Statistical return of the lunatic asylum in Assam - 1912-1932
Year: 1912
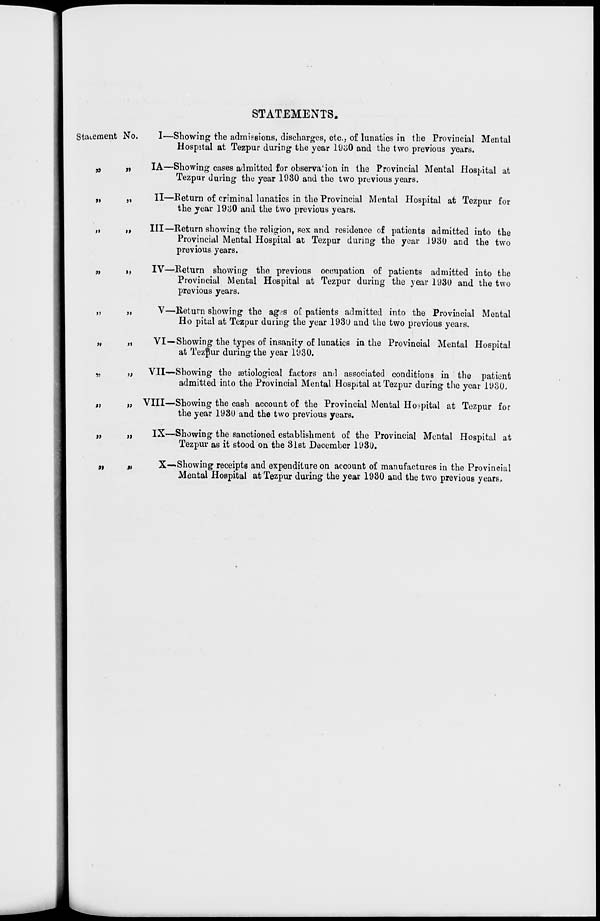
STATEMENTS,
Statement No.
»
a
n
>)
V)
*>
v
»
J»
>>
*i
J»
>!
1)
I)
»
n
I—Showing the admissions, discharges, etc., of lunatics in the Provincial Mental
Hospital at Tezpur during the year 19o0 and the two previous years.
IA—Showing cases admitted for observa'ion in the Provincial Mental Hospital at
Tezpur during the year 1930 and the two previous years.
II—Return of criminal lunatics in the Provincial Mental Hospital at Tezpur for
the year 19o0 and the two previous years.
Ill—Return showing the religion, sex and residence of patients admitted into the
Provincial Mental Hospital at Tezpur during the year 1930 and the two
previous years.
IV—Return showing the previous occupation of patients admitted into the
Provincial Mental Hospital at Tezpur during the year 1930 and the two
previous years.
V—Return showing the ag^s of patients admitted into the Provincial Mental
Ho pital at Tezpur during the year 1930 and the two previous years.
VI—Showing the types of insanity of lunatics in the Provincial Mental Hospital
at TezfJur during the year 1930.
VII—Showing the aetiological factors and associated conditions in the patient
admitted into the Provincial Mental Hospital at Tezpur during the year 1930.
VIII—Showing the cash account of the Provincial Mental Hospital at Tezpur for
the year 1930 and the two previous years.
IX—Showing the sanctioned establishment of the Provincial Mental Hospital at
Tezpur as it stood on the 31st December 1930.
X—Showing receipts and expenditure on account of manufactures in the Provincial
Mental Hospital at Tezpur during the year 1930 and the two previous years.